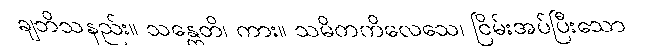
ချဘိသနည်း။ သန္တေတိ၊ ကား။ သမိတကိလေသေ၊ ငြိမ်းအပ်ပြီးသော